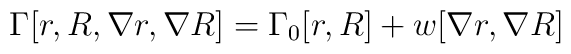
\Gamma[r,R,\nabla r, \nabla R]=\Gamma_0[r,R]+w[\nabla r, \nabla R]